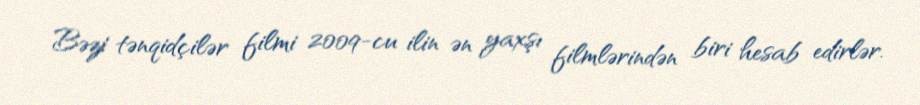
Bəzi tənqidçilər filmi 2009-cu ilin ən yaxşı filmlərindən biri hesab edirlər.